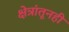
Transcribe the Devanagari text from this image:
क्षेत्रांतूनही